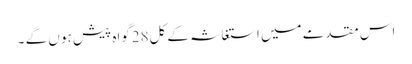
اس مقدمے میں استغاثہ کے کل28گواہ پیش ہو ں گے ۔